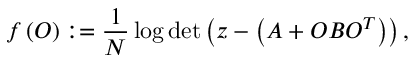
f \left( O \right) : = \frac { 1 } { N } \log \operatorname* { d e t } \left( z - \left( A + O B O ^ { T } \right) \right) ,